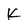
Character: K